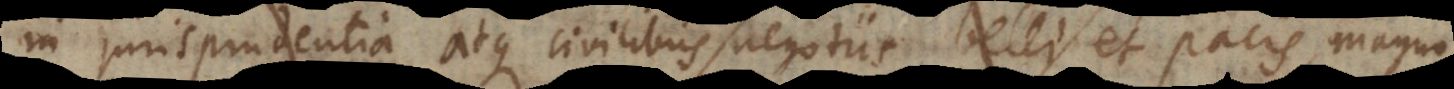
in jurisprudentia atque civilibus negotiis belli et pacis, magno